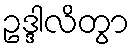
ဥဒ္ဒါလိတွာ